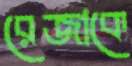
রেজাকে